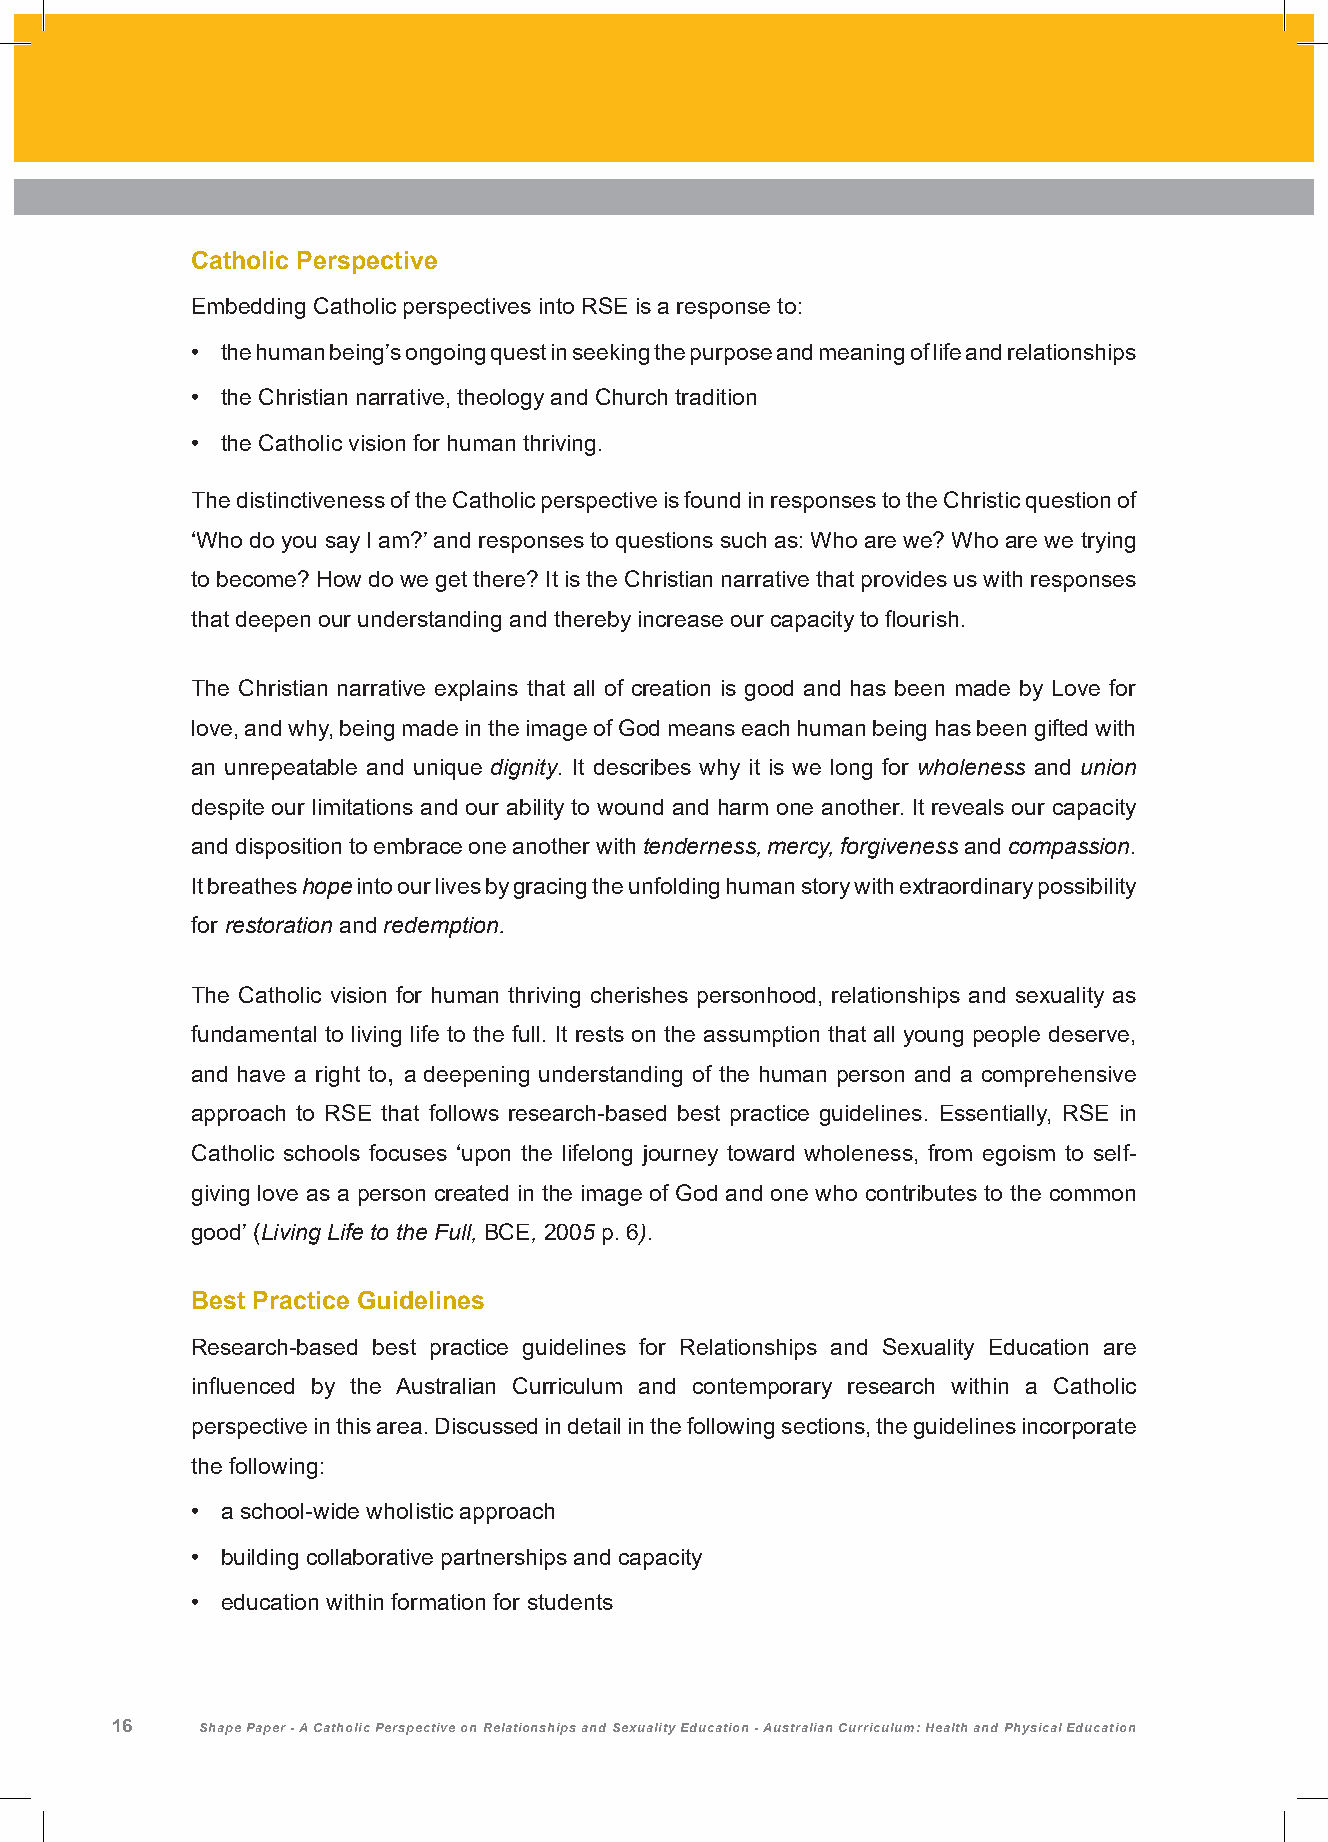
Catholic Perspective
 Embedding Catholic perspectives into RSE is a response to:
 • the human being’s ongoing quest in seeking the purpose and meaning of life and relationships
 • the Christian narrative, theology and Church tradition
 • the Catholic vision for human thriving.
 The distinctiveness of the Catholic perspective is found in responses to the Christic question of
 ‘Who do you say I am?’ and responses to questions such as: Who are we? Who are we trying
 to become? How do we get there? It is the Christian narrative that provides us with responses
 that deepen our understanding and thereby increase our capacity to flourish.
 The Christian narrative explains that all of creation is good and has been made by Love for
 love, and why, being made in the image of God means each human being has been gifted with
 an unrepeatable and unique dignity. It describes why it is we long for wholeness and union
 despite our limitations and our ability to wound and harm one another. It reveals our capacity
 and disposition to embrace one another with tenderness, mercy, forgiveness and compassion.
 It breathes hope into our lives by gracing the unfolding human story with extraordinary possibility
 for restoration and redemption.
 The Catholic vision for human thriving cherishes personhood, relationships and sexuality as
 fundamental to living life to the full. It rests on the assumption that all young people deserve,
 and have a right to, a deepening understanding of the human person and a comprehensive
 approach to RSE that follows research-based best practice guidelines. Essentially, RSE in
 Catholic schools focuses ‘upon the lifelong journey toward wholeness, from egoism to self-
 giving love as a person created in the image of God and one who contributes to the common
 good’ (Living Life to the Full, BCE, 2005 p. 6).
 Best Practice Guidelines
 Research-based best practice guidelines for Relationships and Sexuality Education are
 influenced by the Australian Curriculum and contemporary research within a Catholic
 perspective in this area. Discussed in detail in the following sections, the guidelines incorporate
 the following:
 • a school-wide wholistic approach
 • building collaborative partnerships and capacity
 • education within formation for students
 16    Shape Paper - A Catholic Perspective on Relationships and Sexuality Education - Australian Curriculum: Health and Physical Education